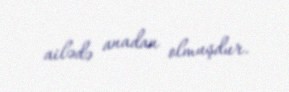
ailədə anadan olmuşdur.